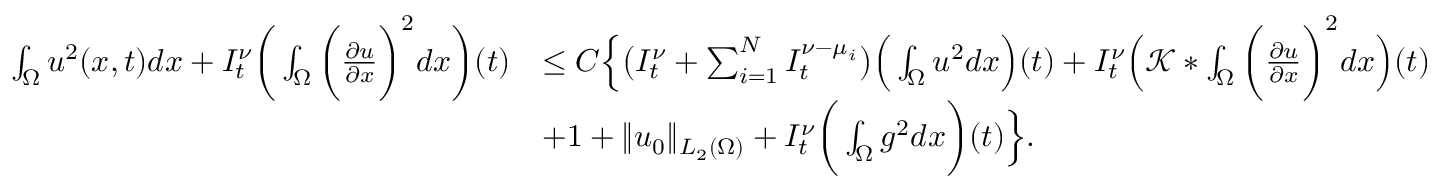
\begin{array} { r l } { \int _ { \Omega } u ^ { 2 } ( x , t ) d x + I _ { t } ^ { \nu } \bigg ( \int _ { \Omega } \bigg ( \frac { \partial u } { \partial x } \bigg ) ^ { 2 } d x \bigg ) ( t ) } & { \leq C \Big \{ \big ( I _ { t } ^ { \nu } + \sum _ { i = 1 } ^ { N } I _ { t } ^ { \nu - \mu _ { i } } \big ) \Big ( \int _ { \Omega } u ^ { 2 } d x \Big ) ( t ) + I _ { t } ^ { \nu } \Big ( \mathcal { K } * \int _ { \Omega } \bigg ( \frac { \partial u } { \partial x } \bigg ) ^ { 2 } d x \Big ) ( t ) } \\ & { + 1 + \| u _ { 0 } \| _ { L _ { 2 } ( \Omega ) } + I _ { t } ^ { \nu } \bigg ( \int _ { \Omega } g ^ { 2 } d x \bigg ) ( t ) \Big \} . } \end{array}